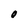
Character: O